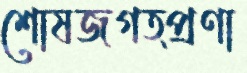
শোষজগত্প্রণা